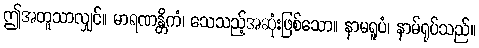
ဤအတူသာလျှင်။ မာရဏန္တိကံ၊ သေသည့်အဆုံးဖြစ်သော။ နာမရူပံ၊ နာမ်ရုပ်သည်။